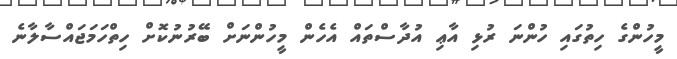
މީހުންގެ ހިތުގައި ހުންނަ ރުޅި އާޢި އުދާސްތައް އެހެން މީހުންނަށް ބޭރުނުކޮށް ހިތްހަމަޖައްސާލާނެ